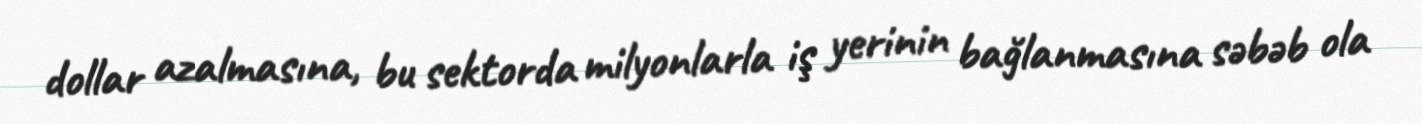
dollar azalmasına, bu sektorda milyonlarla iş yerinin bağlanmasına səbəb ola